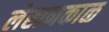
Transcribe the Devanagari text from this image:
लेखनकाळ